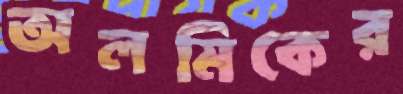
অলমিকের